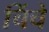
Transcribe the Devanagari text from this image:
चिंचे